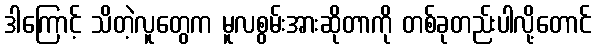
ဒါကြောင့် သိတဲ့လူတွေက မူလစွမ်းအားဆိုတာကို တစ်ခုတည်းပါလို့တောင်